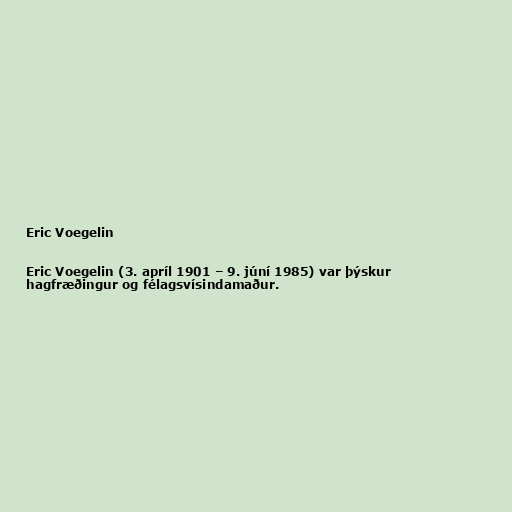
Eric Voegelin

Eric Voegelin (3. apríl 1901 – 9. júní 1985) var þýskur
hagfræðingur og félagsvísindamaður.